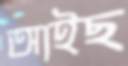
আইছ